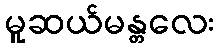
မူဆယ်မန္တလေး